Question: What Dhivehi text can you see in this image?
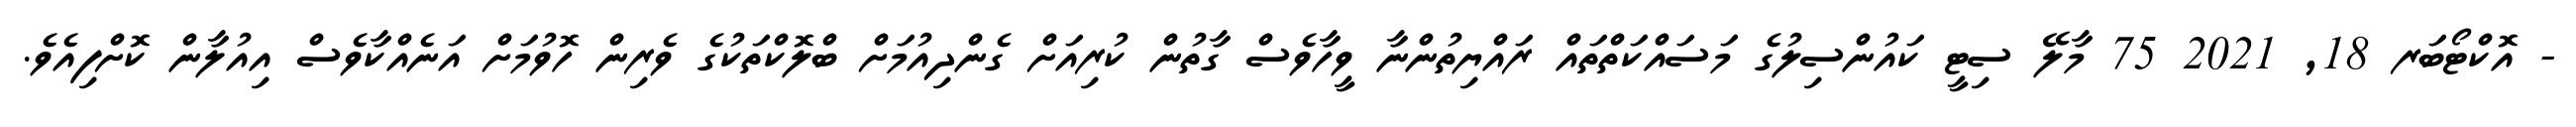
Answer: - އޮކްޓޯބަރ 18, 2021 75 މާލޭ ސިޓީ ކައުންސިލުގެ މަސައްކަތްތައް ރައްޔިތުންނާ ވީހާވެސް ގާތުން ކުރިއަށް ގެންދިއުމަށް ބްލޮކްތަކުގެ ވެރިން ހޮވުމަށް އަނެއްކާވެސް އިއުލާން ކޮށްފިއެވެ.